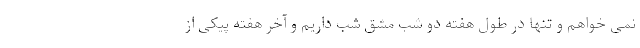
نمی خواهم و تنها در طول هفته دو شب مشق شب داریم و آخر هفته پیکی از